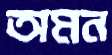
অমন